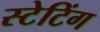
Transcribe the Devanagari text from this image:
स्टेटिंग